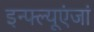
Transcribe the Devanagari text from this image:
इन्फ्ल्यूएंजां